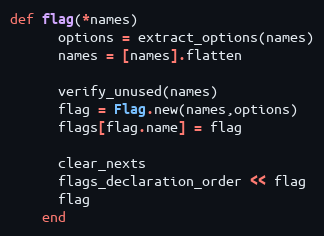
Language: Ruby
def flag(*names)
      options = extract_options(names)
      names = [names].flatten

      verify_unused(names)
      flag = Flag.new(names,options)
      flags[flag.name] = flag

      clear_nexts
      flags_declaration_order << flag
      flag
    end